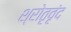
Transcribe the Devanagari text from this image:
श्रोतृवृंद